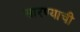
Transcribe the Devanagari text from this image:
सारण्याची